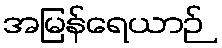
အမြန်ရေယာဉ်